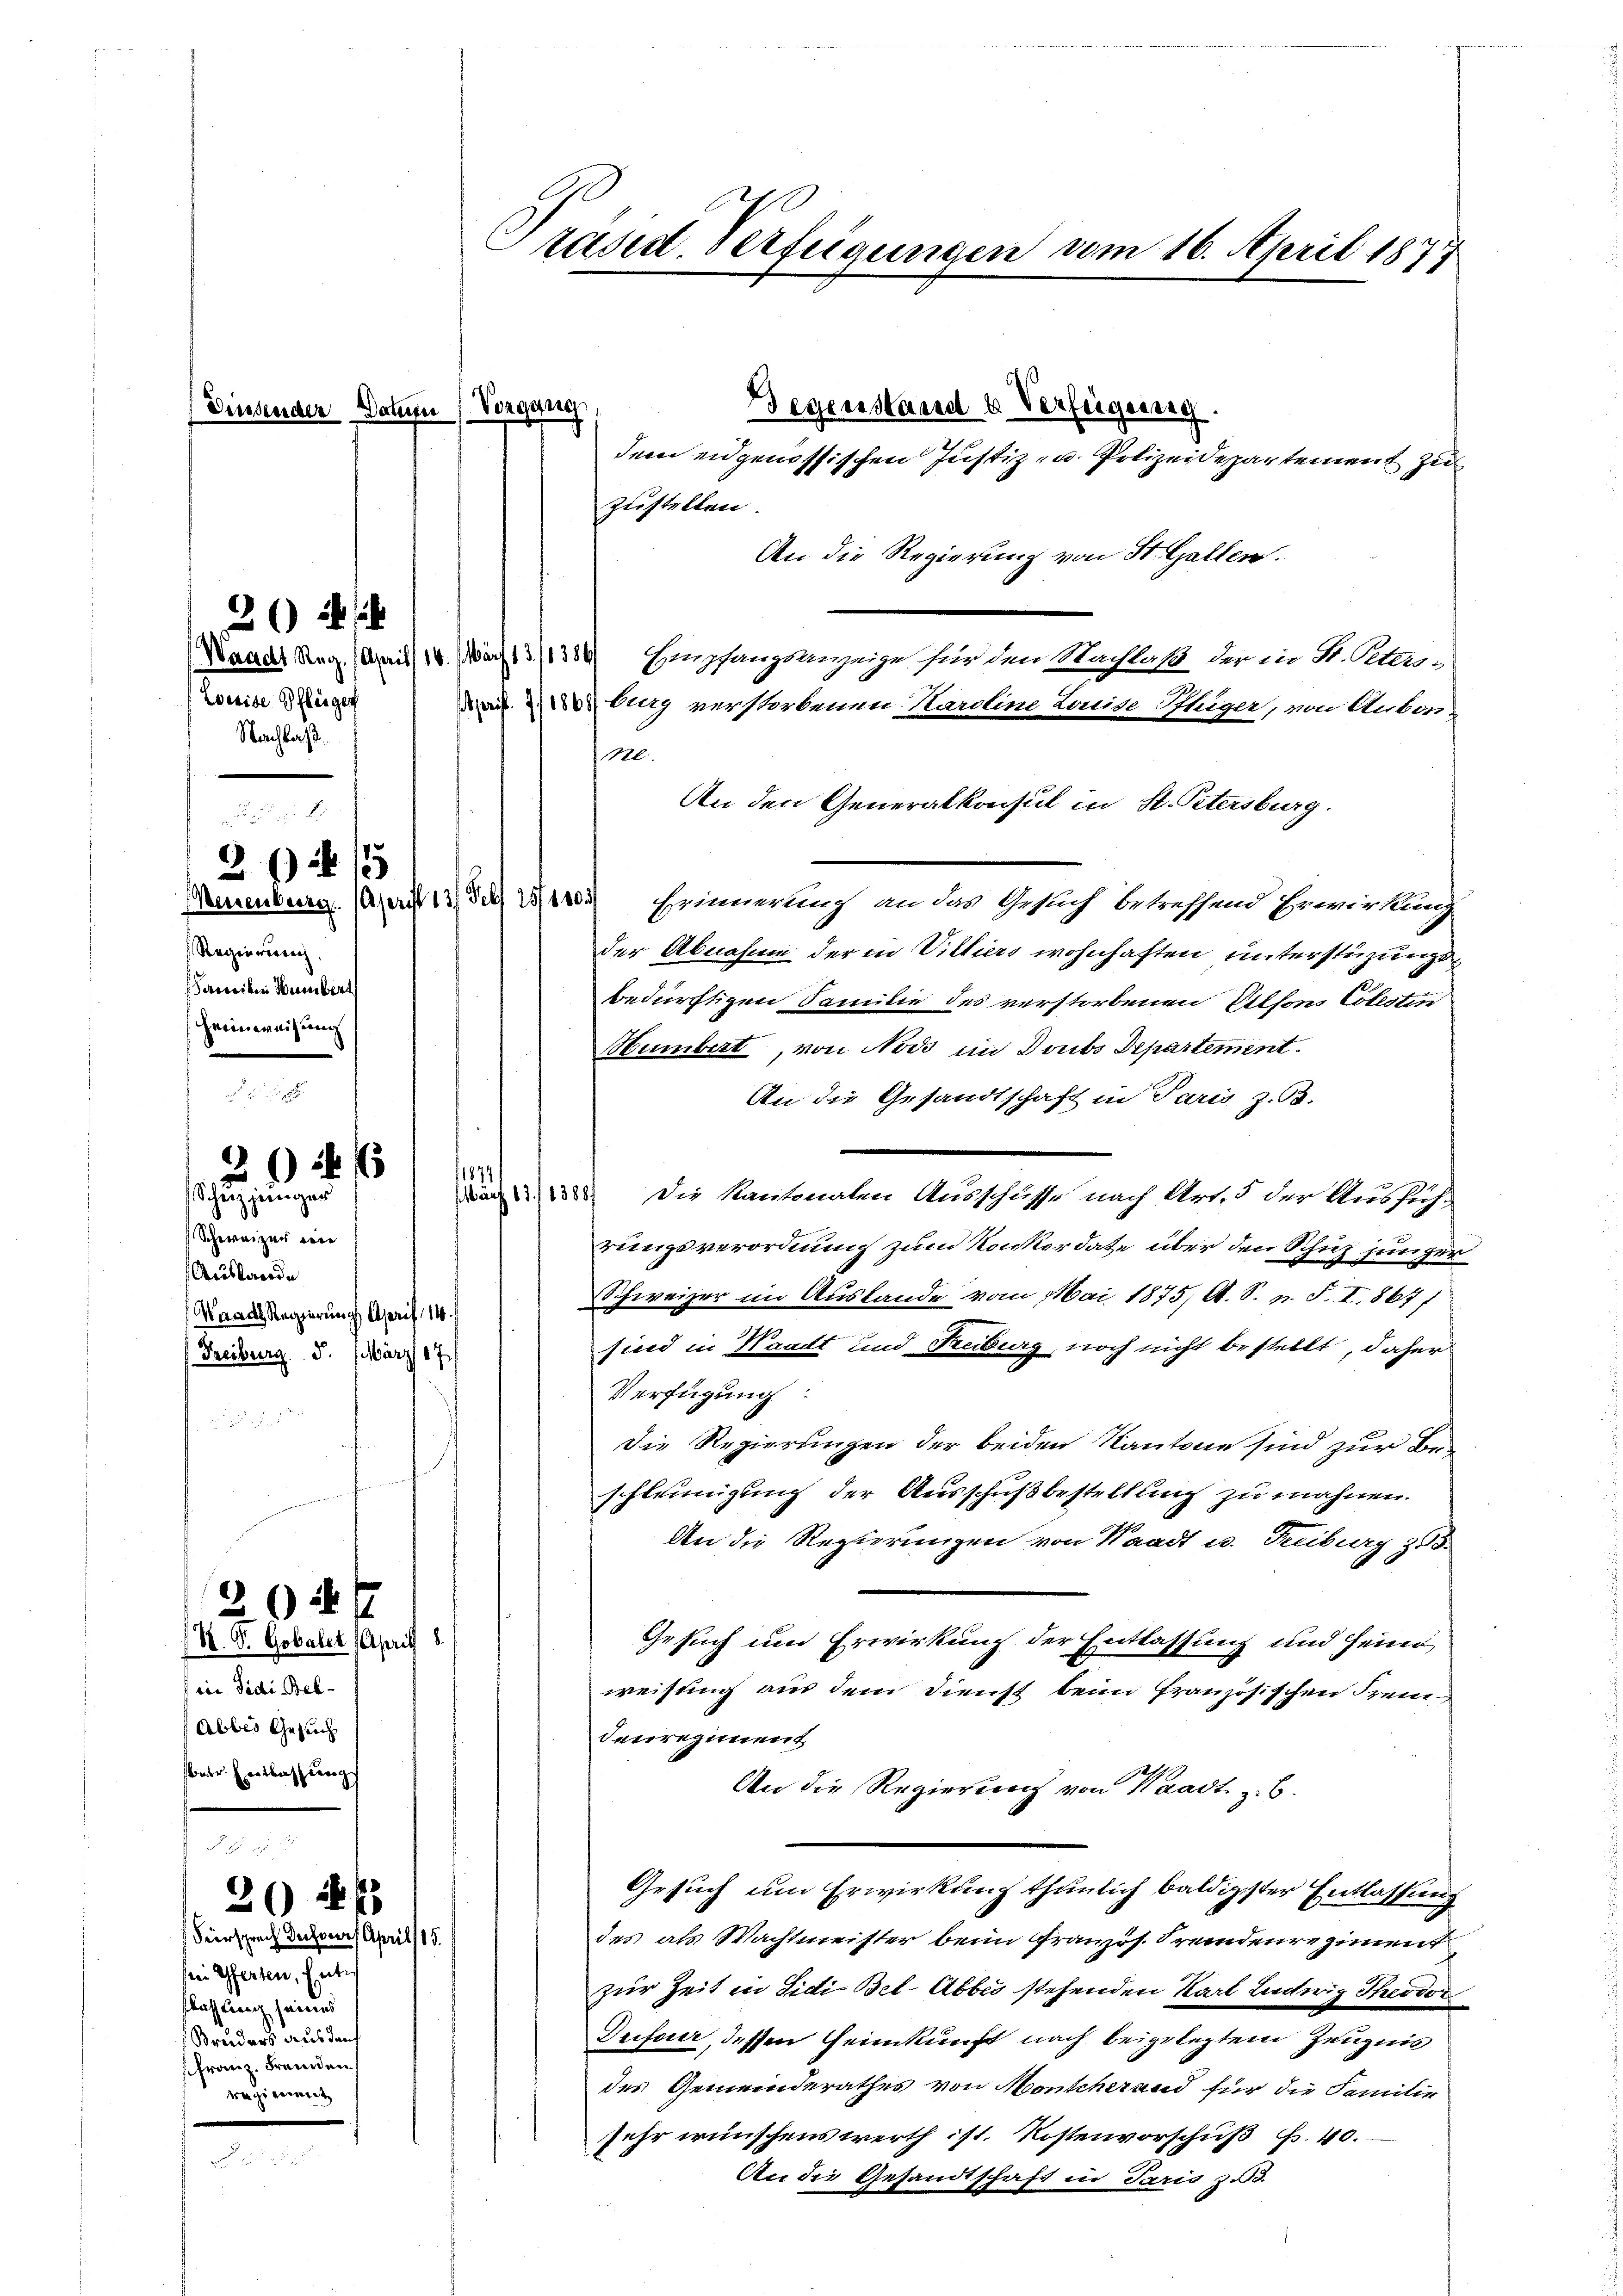
202 f

4/5

)
 24 x
Schuppinger

2047

Diessender Datum Vorgung

Waadt Reg. April 16. März 13./1386
Weeise Pflegen
Nachlaß.

Regierung
vereiben Weibert
Heimweisung

Schweizer eine
Auslande
Waadt Regierung April 14.
Freiburg. 5. März 17

S. D. Gobaler (April 8.
vin Fidi Bek
Abbes Gesuch
atr. Entlassung

20 21
Feersprach desser April 15.

Zustellen.
An die Regierung von St. Gallen.
Empfangsanzeige für den Nachlaß der in St. Petersburg verstorbenen Karoline Louise Ithiger, von Aubon-
.
An den Generalkonsul in H. Petersburg.
Meinenburg. Mai 13. d. 1305) Erinner auch an das Gesuch betreffend Erwirkung
der Abnahme der in Vittiers wohnhaften unterstüzungsbedürftigen Familie des verstorbenen Alfons Colestin
Humbert, von Nods im Doubs Departement.
An die Gesandtschaft in Paris z. B.
a Die Kantonalen Ausschusse nach Art. 5 der Ausführungsverordnung zum Konkordate über den Schuz junger
Schweizer im Auslande vom Mai 1875, A. S. n. F. I. 867)
sind in Handt und Reiburg, noch nicht bestellt, daher
Verfügung:
Die Regierungen der beiden Kantone sind zur Be-
.
schleunigung der Ausschußbestellung zu mahnen.
An die Regierungen von Waadt u. Freiburg z.
Gesuch und Erwirkung der Entlassung und seine
weisung aus dem Dienst beim französischen Frem¬
Ieirregiment
An die Regierung von Waadt z. B.
Gesuch um Erwirkung thunlich baldigster Entlassung
des als Wachtmeister beim Gränz(...) Fremdenregiment
zur Zeit in Sidi Bel-Abbes stehenden Karl Ludwig Theodor
Dufour, dessen Heimkunft nach beigelegtem Zeugnis
des Gemeinderathes von Monscherand für die Familie
sehr wünschenswerth ist. Kostenvorschuß Fr. 40.
An die Gesandtschaft in Paris zu 3.

sein Gferten, Enter
Klassung seines
Bruders aus darf
Franz, Fremden
wegigerweit

Präsid. Verfügungen vom 16. April 1877

1874

Gegenstand u. Verfeigung.

dem eidgenössischen Justiz- u. Polizeidepartement zu